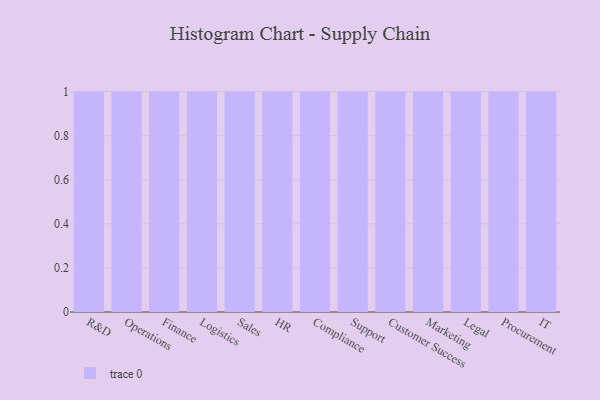
{"axis": {"x": "Department", "y": "Page Views"}, "legend": [""], "data": [{"x": "R&D", "y": 63, "type": ""}, {"x": "Operations", "y": 35, "type": ""}, {"x": "Finance", "y": 64, "type": ""}, {"x": "Logistics", "y": 14, "type": ""}, {"x": "Sales", "y": 94, "type": ""}, {"x": "HR", "y": 55, "type": ""}, {"x": "Compliance", "y": 7, "type": ""}, {"x": "Support", "y": 31, "type": ""}, {"x": "Customer Success", "y": 91, "type": ""}, {"x": "Marketing", "y": 96, "type": ""}, {"x": "Legal", "y": 9, "type": ""}, {"x": "Procurement", "y": 44, "type": ""}, {"x": "IT", "y": 55, "type": ""}]}